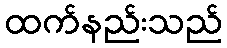
ထက်နည်းသည်